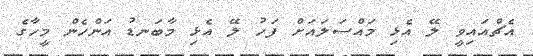
އެޗްއައިވީ ލޭ އެޅި މައްސަލައަށް ފަހު ލޭ އެޅި މާބަނޑު އަންހެން މީހާގެ